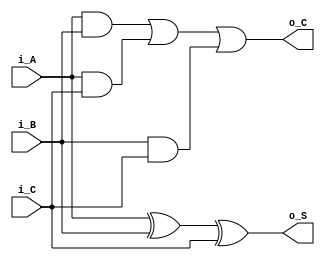
module FA_1bit(
    input i_A,
    input i_B,
    input i_C,
    output o_S,
    output o_C
);
wire AB_sum;
wire AB_carry1;
wire AB_carry2;
wire AB_carry3;

xor(AB_sum,i_A,i_B);
xor(o_S,AB_sum,i_C);

and(AB_carry1,i_A,i_B);
and(AB_carry2,i_A,i_C);
and(AB_carry3,i_B,i_C);

or(o_C,AB_carry1,AB_carry2,AB_carry3);


endmodule